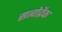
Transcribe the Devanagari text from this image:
सत्वोद्रैक